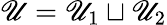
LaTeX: \mathscr{U}=\mathscr{U}_{1}\sqcup\mathscr{U}_{2}